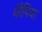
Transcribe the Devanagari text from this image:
थेरैपिया